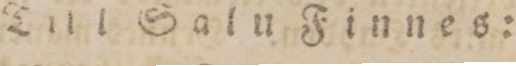
Till Salu Finnes: